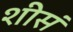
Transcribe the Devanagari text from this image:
शीसं